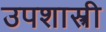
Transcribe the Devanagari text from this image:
उपशास्त्री